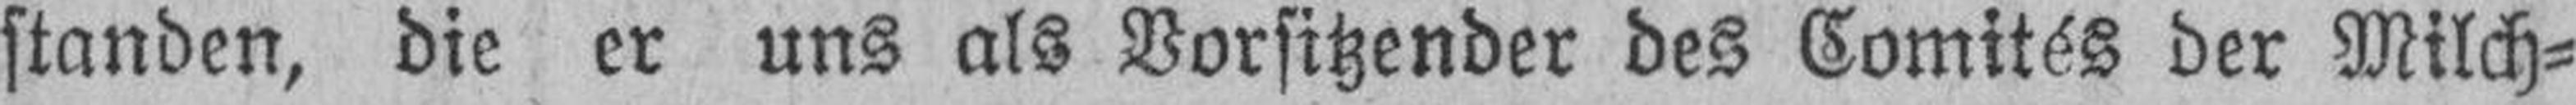
standen, die er uns als Vorsitzender des Comités der Milch¬